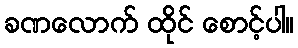
ခဏလောက် ထိုင် စောင့်ပါ။